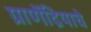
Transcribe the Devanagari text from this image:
ग्राणेंद्रियाचे